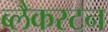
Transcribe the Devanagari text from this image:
ब्लैकस्टन